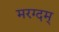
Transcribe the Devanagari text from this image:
मरग्दम्